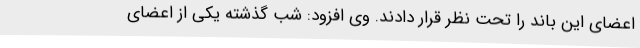
اعضای این باند را تحت نظر قرار دادند. وی افزود: شب گذشته یکی از اعضای